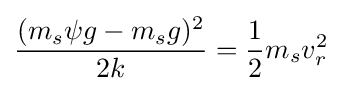
{\frac {(m_{s}\psi g-m_{s}g)^{2}}{2k}}={\frac {1}{2}}m_{s}v_{r}^{2}